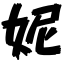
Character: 妮